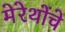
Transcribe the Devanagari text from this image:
मेरेथोंचे